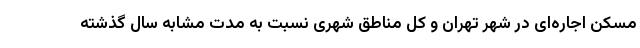
مسکن اجاره‌ای در شهر تهران و کل مناطق شهری نسبت به مدت مشابه سال گذشته